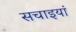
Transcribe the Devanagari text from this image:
सचाइयां